Vaccine operations Central Provinces & Berar 1922-1929 - 1922-1929
Year: 1922
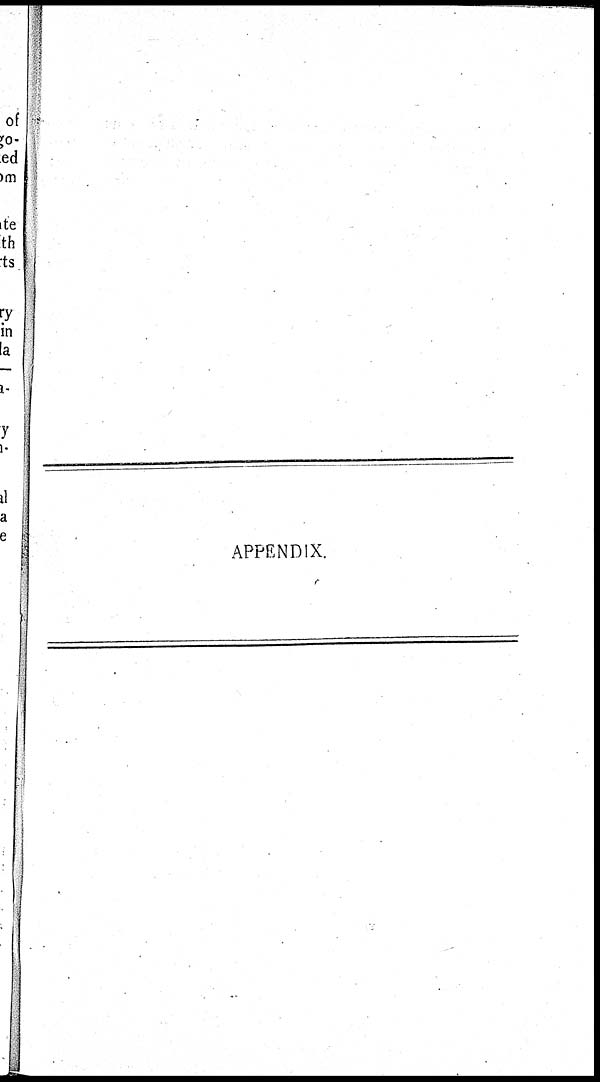
APPENDIX.